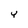
Character: Y